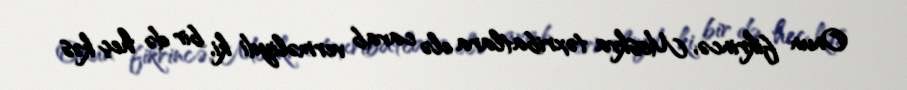
Onun fikrincə, Moskva təxribatlara elə cavab verməliydi ki, bir də heç kəs